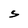
Character: s